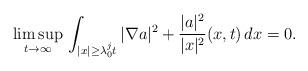
LaTeX: \begin{align*}\limsup_{t\to\infty}\,\int_{|x|\ge\lambda_0^jt}|\nabla a|^2+\frac{|a|^2}{|x|^2}(x,t)\,dx=0.\end{align*}